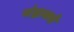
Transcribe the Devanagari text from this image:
चंद्राकडे